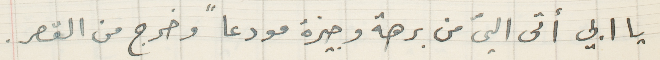
يا ابي أتى اليّ من برهة وجيزة مودعاً وخرج من القصر.